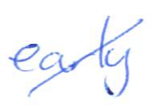
Text: early
Cross-out: diagonal
Writing tool: ballpoint